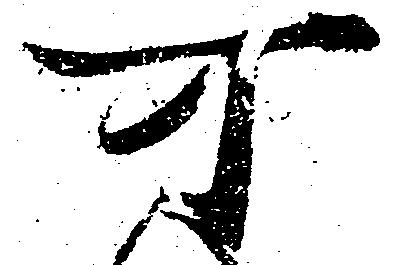
可